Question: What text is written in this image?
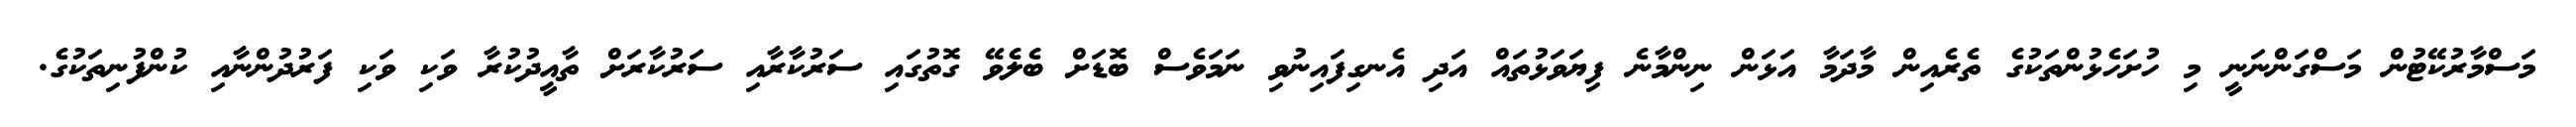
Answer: މަސްމާރުކޭޓުން މަސްގަންނަނީ މި ހުށަހެޅުންތަކުގެ ތެރެއިން މާދަމާ އަޅަން ނިންމާނެ ފިޔަވަޅުތައް އަދި އެނގިފައިނުވި ނަމަވެސް ބޮޑަށް ބެލެވޭ ގޮތުގައި ސަރުކާރާއި ސަރުކާރަށް ތާއީދުކުރާ ވަކި ވަކި ފަރުދުންނާއި ކުންފުނިތަކުގެ.